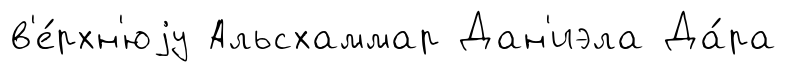
в'е́рхн'юjу Альсхаммар Дан'иэла Да́ра